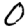
Digit: 0